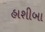
હાશીબા